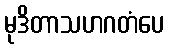
မုဒိတာသဟဂတံပေ